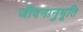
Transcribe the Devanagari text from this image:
जीवनानुभूति